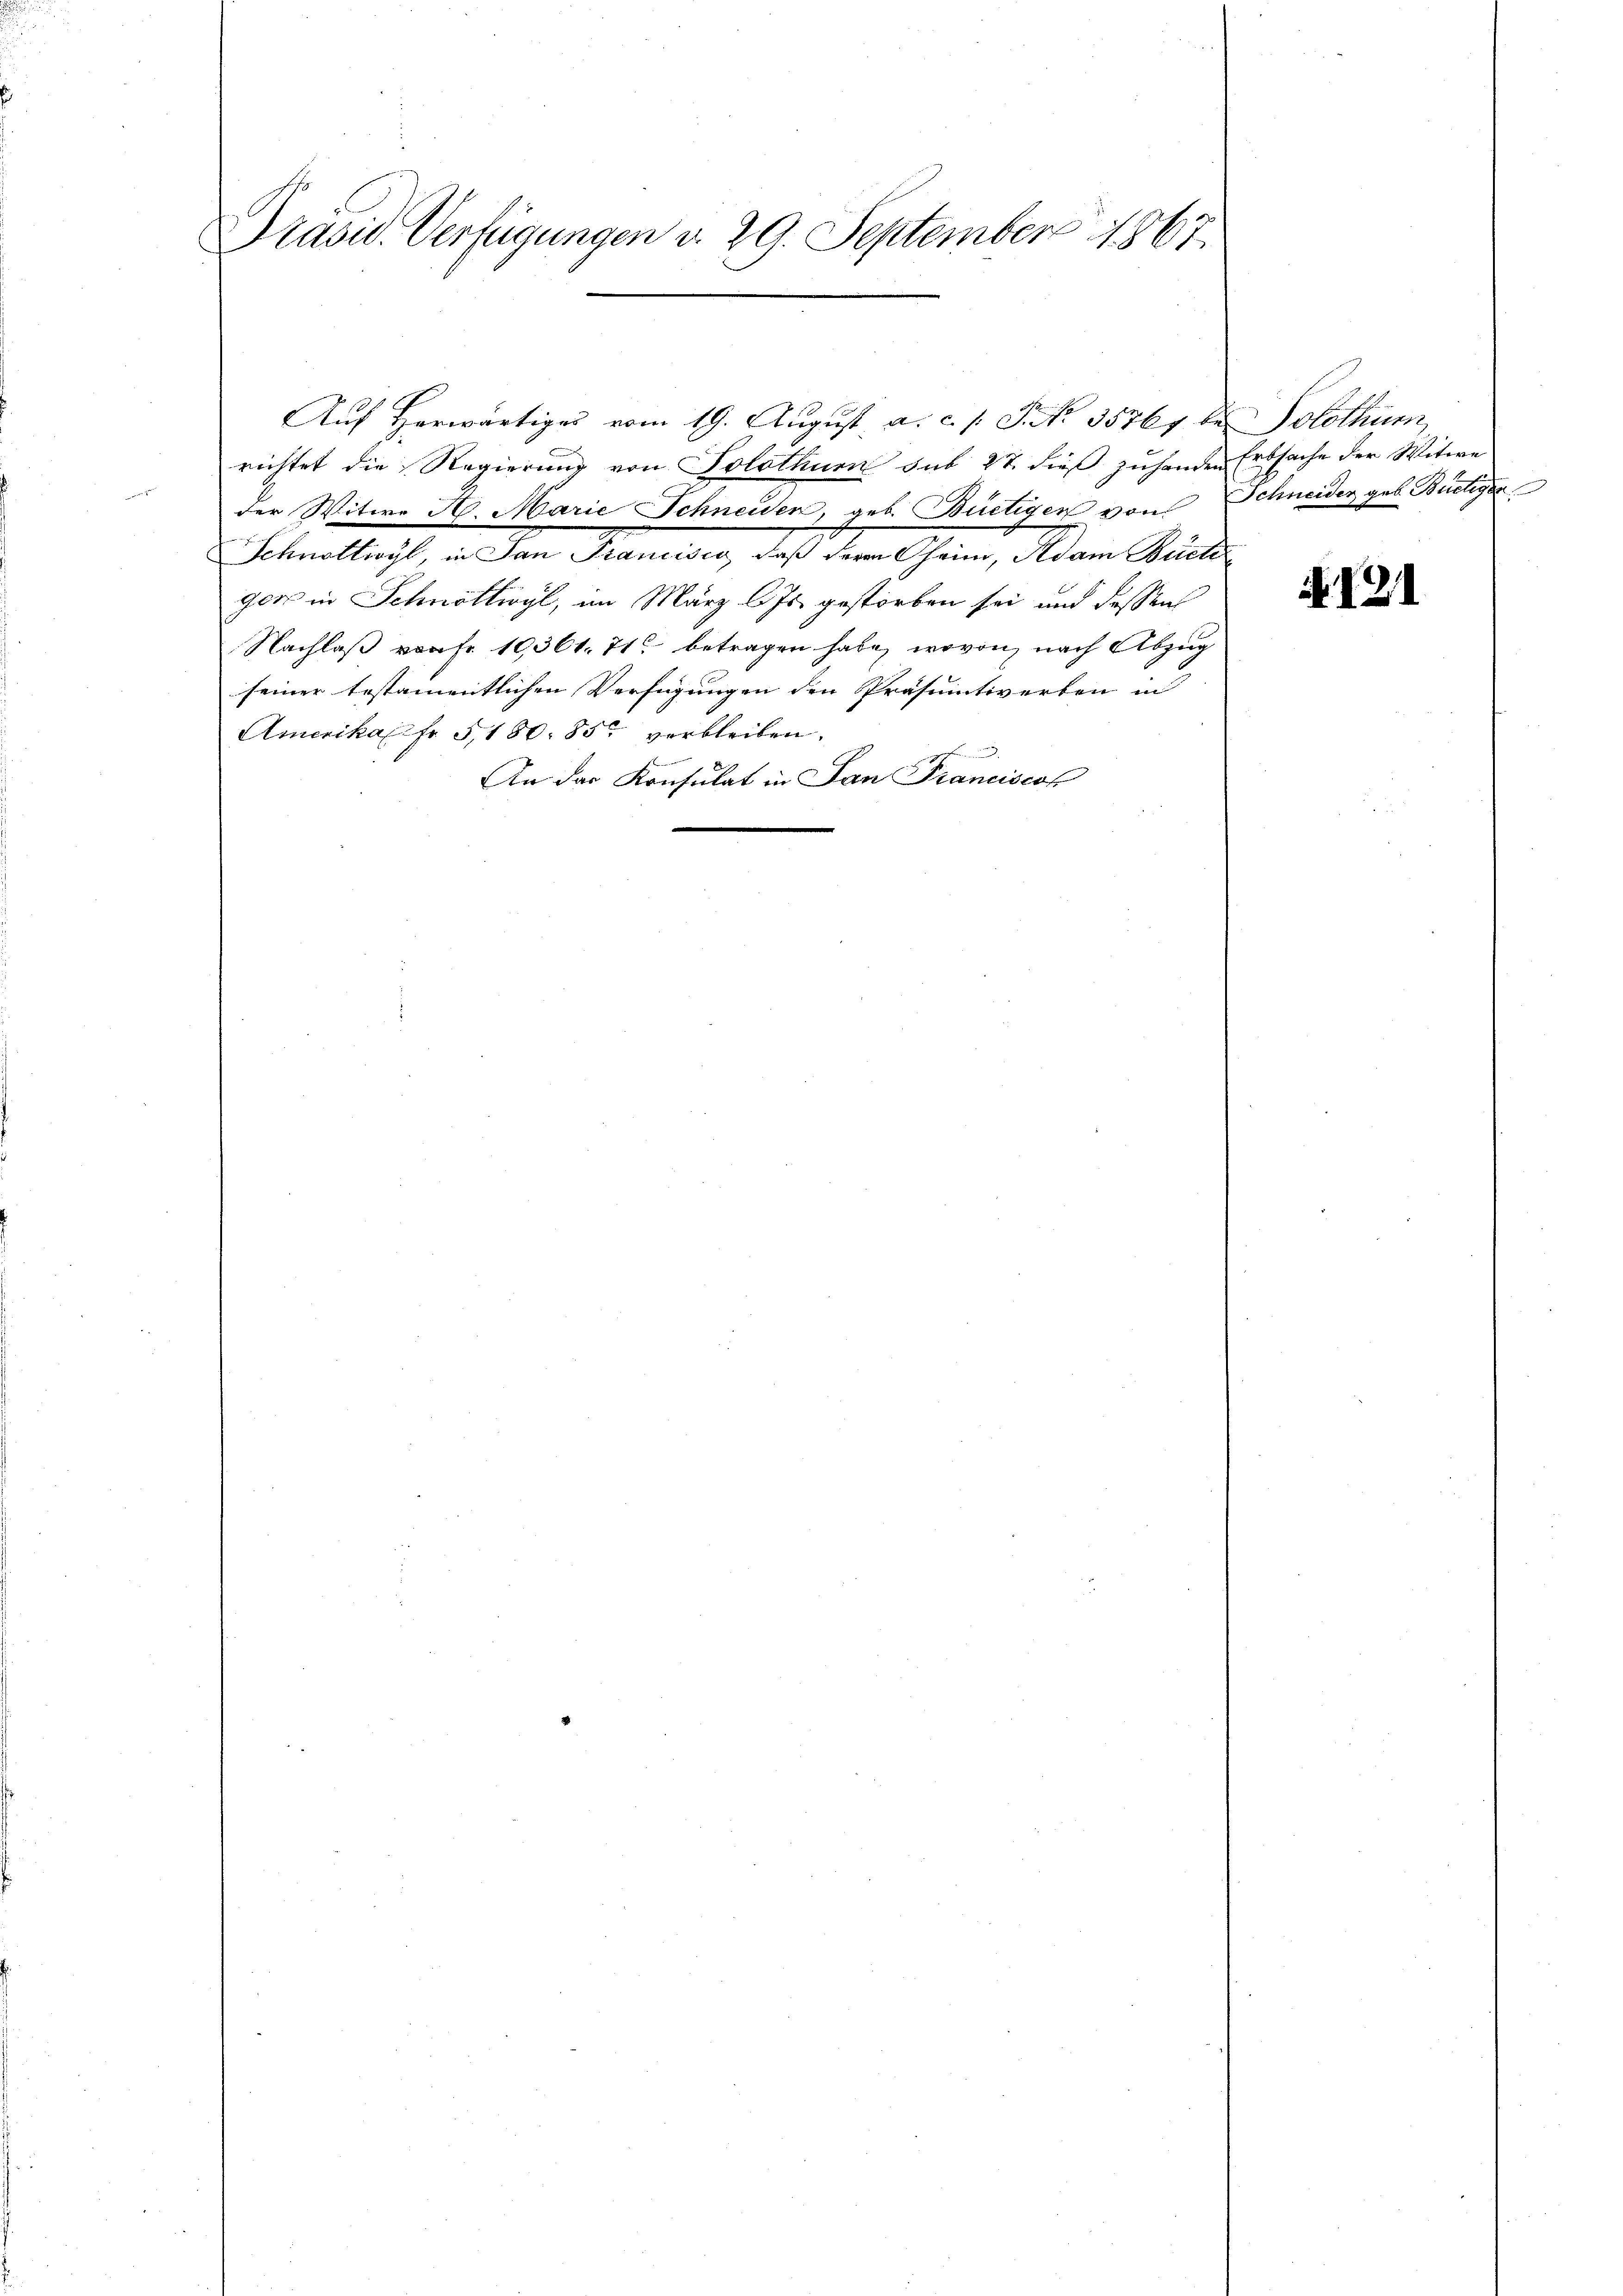
Präsid. Verfügungen d. 29. September 1867.

Auf Herwärtiges vom 19. August, a. c. s. S. No. 35767 des Solothum,
richtet die Regierung von Solothum sub 27. dieß zuhanden Erbsache der Witwe
der Witwe A. Marie Schneiden, geb. Büetiger von Schneider geb. Budliger
Schnottwyl, in San Francisio, daß deren Oheim, Adam Büche
ger in Schnöttwyl, im März l. Js. gestorben sei und dessens
Nachlaß von Fr. 19361. 71 betragen habe, wovon nach Abzug
seiner testamentlichen Verfügungen den Präsumtiverten in
Amerikal fr 5,180. 850 verbleiben.
An der Konsulat in Jan Franciscof

No. 121